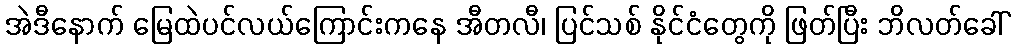
အဲဒီနောက် မြေထဲပင်လယ်ကြောင်းကနေ အီတလီ၊ ပြင်သစ် နိုင်ငံတွေကို ဖြတ်ပြီး ဘိလတ်ခေါ်